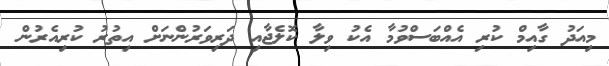
މިއަދު ގާއިމް ކުރި އެއްބަސްވުމާ އެކު ވިލާ ކޮލެޖާއި ދަރިވަރުންނަށް އިތުރު ކުރިއެރުން